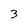
Character: 3